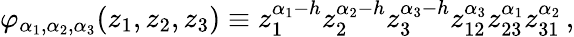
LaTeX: \varphi_{\alpha_{1},\alpha_{2},\alpha_{3}}(z_{1},z_{2},z_{3})\equiv z_{1}^{\alpha_{1}-h}z_{2}^{\alpha_{2}-h}z_{3}^{\alpha_{3}-h}z_{12}^{\alpha_{3}}z_{23}^{\alpha_{1}}z_{31}^{\alpha_{2}}\, ,